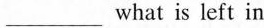
___what is left in